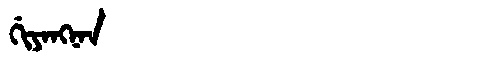
Manchu: ᡤᡳᠶᠠᠩᠨᠠᠨ
Romanization: GIYANGNAN